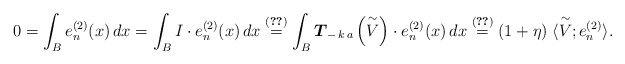
\begin{align*}0 = \int_{B} e^{(2)}_{n}(x) \, dx = \int_{B} I \cdot e^{(2)}_{n}(x) \, dx \overset{(\ref{scale-W})}{=} \int_{B} \boldsymbol{T}_{- \, k \, a} \left( \overset{\sim}{V} \right) \cdot e^{(2)}_{n}(x) \, dx \overset{(\ref{grad-M-k-2nd-subspace})}{=} (1 + \eta) \; \langle \overset{\sim}{V}; e_{n}^{(2)} \rangle. \end{align*}